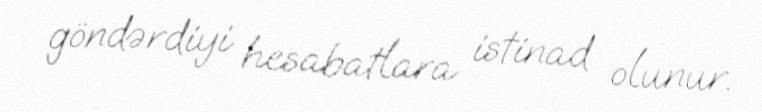
göndərdiyi hesabatlara istinad olunur.